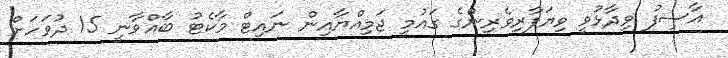
އާސިފު ވިދާޅުވީ ވިޔަފާރިވެރިންގެ ގައުމީ ޖަމިއްޔާއިން ނައިޓް މާކެޓު ބާއްވާނީ 15 ދުވަހަށް